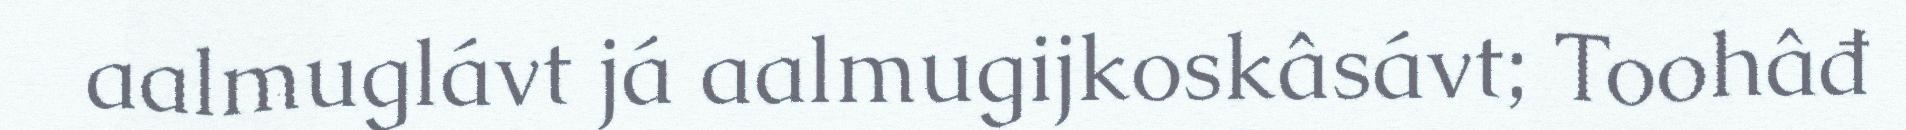
aalmuglávt já aalmugijkoskâsávt; Toohâđ